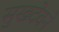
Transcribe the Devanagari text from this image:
सुखदेवने